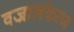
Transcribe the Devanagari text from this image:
वज्रालंकरण